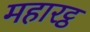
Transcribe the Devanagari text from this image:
महारट्ठ